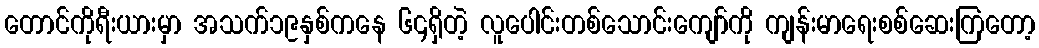
တောင်ကိုရီးယားမှာ အသက်၁၉နှစ်ကနေ ၆၄ရှိတဲ့ လူပေါင်းတစ်သောင်းကျော်ကို ကျန်းမာရေးစစ်ဆေးကြတော့